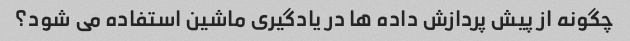
چگونه از پیش پردازش داده ها در یادگیری ماشین استفاده می شود؟